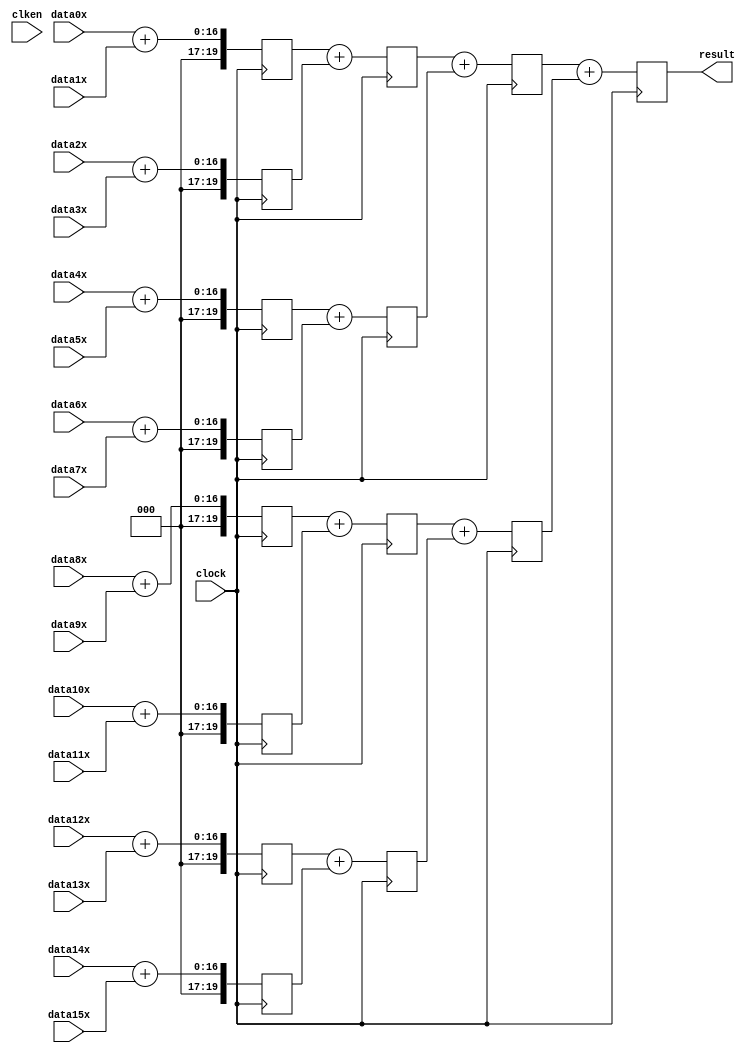
`define SIMULATION_MEMORY

module winograd_adder_16_20_4 (
	input clken,
	input clock,
	input [15:0] data0x,
	input [15:0] data1x,
	input [15:0] data2x,
	input [15:0] data3x,
	input [15:0] data4x,
	input [15:0] data5x,
	input [15:0] data6x,
	input [15:0] data7x,
	input [15:0] data8x,
	input [15:0] data9x,
	input [15:0] data10x,
	input [15:0] data11x,
	input [15:0] data12x,
	input [15:0] data13x,
	input [15:0] data14x,
	input [15:0] data15x,
	output [19:0] result
);

reg [19:0] pipeline_0_0;
reg [19:0] pipeline_0_1;
reg [19:0] pipeline_0_2;
reg [19:0] pipeline_0_3;
reg [19:0] pipeline_0_4;
reg [19:0] pipeline_0_5;
reg [19:0] pipeline_0_6;
reg [19:0] pipeline_0_7;
reg [19:0] pipeline_1_0;
reg [19:0] pipeline_1_1;
reg [19:0] pipeline_1_2;
reg [19:0] pipeline_1_3;
reg [19:0] pipeline_2_0;
reg [19:0] pipeline_2_1;
reg [19:0] pipeline_3_0;

always @ (posedge clock) begin
	pipeline_0_0 <= data0x + data1x;
	pipeline_0_1 <= data2x + data3x;
	pipeline_0_2 <= data4x + data5x;
	pipeline_0_3 <= data6x + data7x;
	pipeline_0_4 <= data8x + data9x;
	pipeline_0_5 <= data10x + data11x;
	pipeline_0_6 <= data12x + data13x;
	pipeline_0_7 <= data14x + data15x;
	pipeline_1_0 <= pipeline_0_0 + pipeline_0_1;
	pipeline_1_1 <= pipeline_0_2 + pipeline_0_3;
	pipeline_1_2 <= pipeline_0_4 + pipeline_0_5;
	pipeline_1_3 <= pipeline_0_6 + pipeline_0_7;
	pipeline_2_0 <= pipeline_1_0 + pipeline_1_1;
	pipeline_2_1 <= pipeline_1_2 + pipeline_1_3;
	pipeline_3_0 <= pipeline_2_0 + pipeline_2_1;
end

assign result = pipeline_3_0;

endmodule